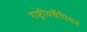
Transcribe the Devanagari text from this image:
राष्ट्रीयचैंपियन